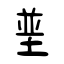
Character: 垩